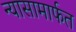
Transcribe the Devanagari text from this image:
न्यासामार्फत